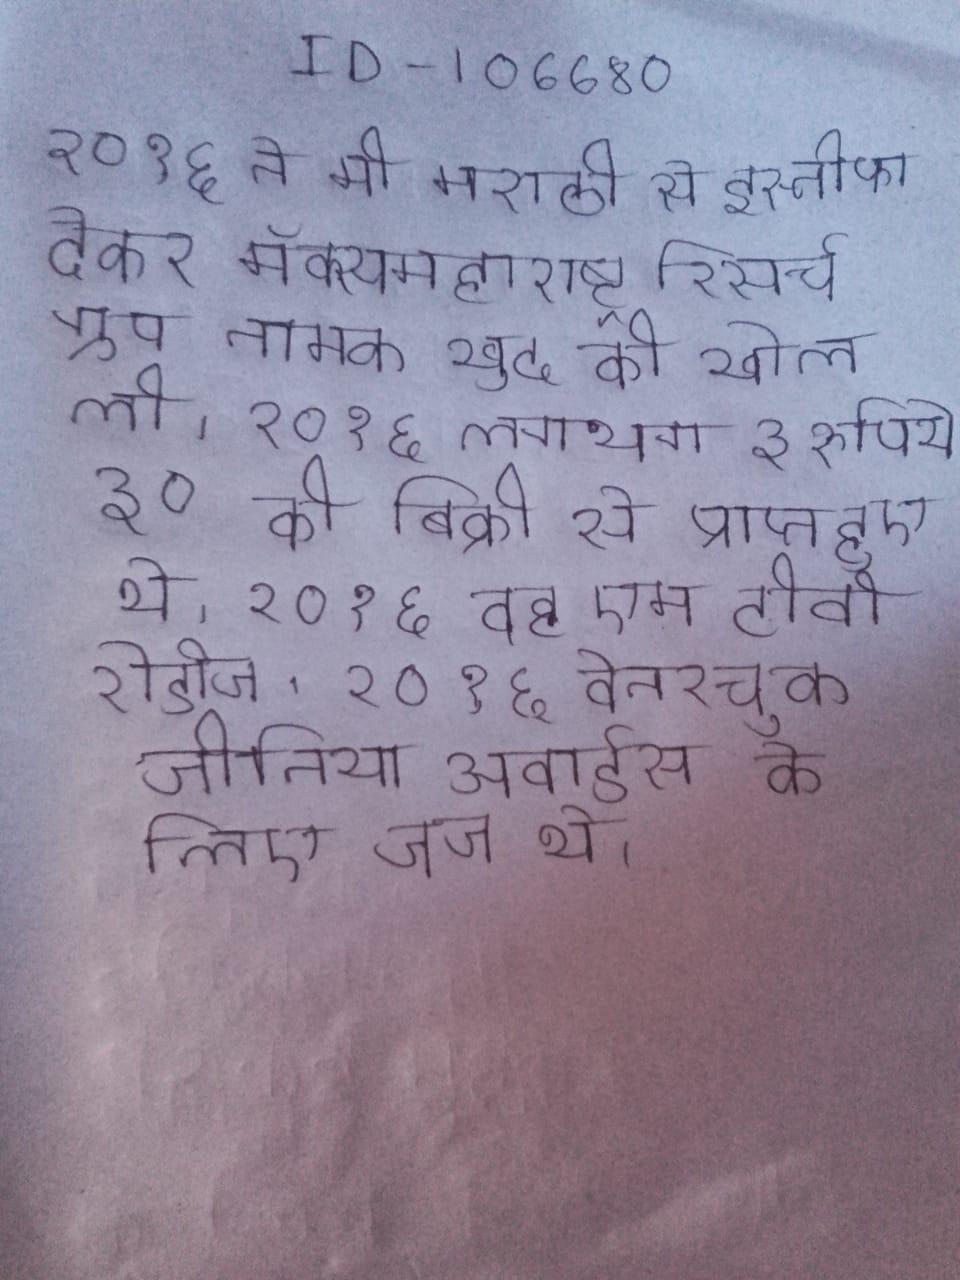
२०१६ ने मी मराठी से इस्तीफा देकर मॅक्समहाराष्ट्र रिसर्च ग्रुप नामक खुद की खोल ली । २०१६ लगभग ३ रुपिये ३० की बिक्री से प्राप्त हुए थे । २०१६ वह एम टीवी रोडीज . २०१६ वेनरचुक जीनिया अवार्ड्स के लिए जज थे ।